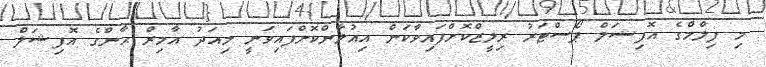
މި ފިލްމްގެ އޮފިޝަލް ޕޯސްޓަރު ރިލީޒްކޮށްފައިވާކަން އިއުލާންކޮށްފައިވަނީ މިއަދު އާމިރް ޙާންގެ އޮފިޝަލް